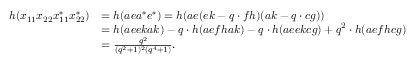
\begin{array} { r l } { h ( x _ { 1 1 } x _ { 2 2 } x _ { 1 1 } ^ { * } x _ { 2 2 } ^ { * } ) } & { = h ( a e a ^ { * } e ^ { * } ) = h ( a e ( e k - q \cdot f h ) ( a k - q \cdot c g ) ) } \\ & { = h ( a e e k a k ) - q \cdot h ( a e f h a k ) - q \cdot h ( a e e k c g ) + q ^ { 2 } \cdot h ( a e f h c g ) } \\ & { = \frac { q ^ { 2 } } { ( q ^ { 2 } + 1 ) ^ { 2 } ( q ^ { 4 } + 1 ) } . } \end{array}